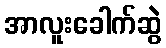
အာလူးခေါက်ဆွဲ